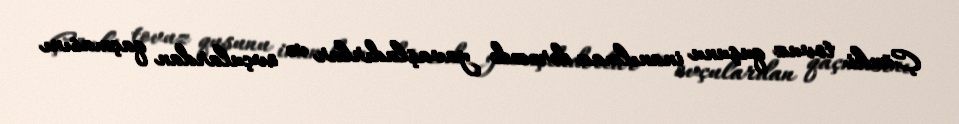
Çünki tovuz quşunu inanılmaz dərəcədə yavaşladırlar və ovçulardan qaçmasını